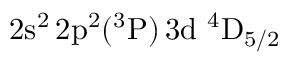
\mathrm { 2 s ^ { 2 } \, 2 p ^ { 2 } ( ^ { 3 } P ) \, 3 d ~ ^ { 4 } D _ { 5 / 2 } }